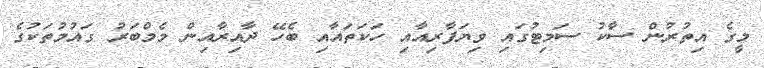
މީގެ އިތުރުން ސާކު ސަމިޓުގައި ވިޔަފާރިއާއި ހަކަތައާއި ބެހޭ ދާއިރާއިން މެމްބަރު ގައުމުތަކުގެ